Indian journal of veterinary science and animal husbandry - Volume 9,
Year: 1939
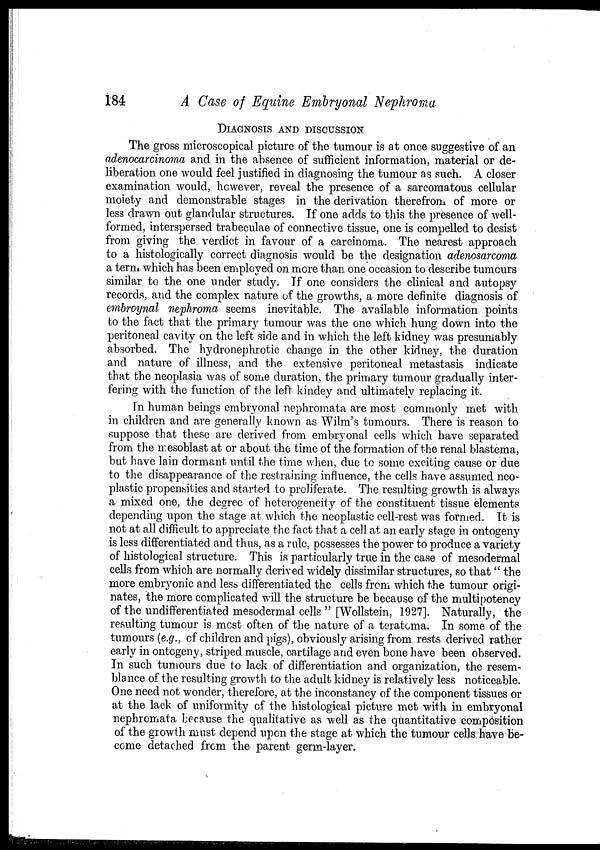
184
A Case of Equine Embryonal Nephroma
DIAGNOSIS AND DISCUSSION
The gross microscopical picture of the tumour is at once suggestive of an
adenocarcinoma and in the absence of sufficient information, material or de-
liberation one would feel justified in diagnosing the tumour as such. A closer
examination would, however, reveal the presence of a sarcomatous cellular
moiety and demonstrable stages in the derivation therefrom of more or
less drawn out glandular structures. If one adds to this the presence of well-
formed, interspersed trabeculae of connective tissue, one is compelled to desist
from giving the verdict in favour of a carcinoma. The nearest approach
to a histologically correct diagnosis would be the designation adenosarcoma
a term which has been employed on more than one occasion to describe tumours
similar to the one under study. If one considers the clinical and autopsy
records, and the complex nature of the growths, a more definite diagnosis of
embroynal nephroma seems inevitable. The available information points
to the fact that the primary tumour was the one which hung down into the
peritoneal cavity on the left side and in. which the left kidney was presumably
absorbed. The hydronephrotic change in the other kidney, the duration
and nature of illness, and the extensive peritoneal metastasis indicate
that the neoplasia was of some duration, the primary tumour gradually inter-
fering with the function of the left kindey and ultimately replacing it.
In human beings embryonal nephromata are most commonly met with
in. children and are generally known as Wilm's tumours. There is reason to
suppose that these are derived from embryonal cells which have separated
from the mesoblast at or about the time of the formation of the renal blastema,
but have lain dormant until the time when, due to some exciting cause or due
to the disappearance of the restraining influence, the cells have assumed neo-
plastic propensities and started to proliferate. The resulting growth is always
a mixed one, the degree of heterogeneity of the constituent tissue elements
depending upon the stage at which the neoplastic cell-rest was formed. It is
not at all difficult to appreciate the fact that a cell at an early stage in ontogeny
is less differentiated and thus, as a rule, possesses the power to produce a variety
of histological structure. This is particularly true in the case of mesodermal
cells from which are normally derived widely dissimilar structures, so that " the
more embryonic and less differentiated the cells from which the tumour origi-
nates, the more complicated will the structure be because of the multipotency
of the undifferentiated mesodermal cells " [Wollstein, 1927]. Naturally, the
resulting tumour is most often of the nature of a teratoma. In some of the
tumours (e.g., of children and pigs), obviously arising from rests derived rather
early in ontogeny, striped muscle, cartilage and even bone have been observed.
In such tumours due to lack of differentiation and organization, the resem-
blance of the resulting growth to the adult kidney is relatively less noticeable.
One need not wonder, therefore, at the inconstancy of the component tissues or
at the lack of uniformity of the histological picture met with in embryonal
nephromata because the qualitative as well as the quantitative composition
of the growth must depend upon the stage at which the tumour cells have be-
come detached from the parent germ-layer.